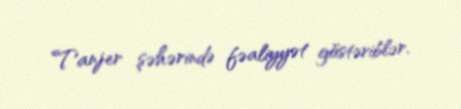
Tanjer şəhərində fəaliyyət göstəriblər.